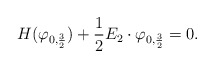
\begin{align*}H(\varphi_{0,\frac 32})+\frac 12 E_2\cdot\varphi_{0,\frac 32}=0.\end{align*}